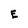
Character: E